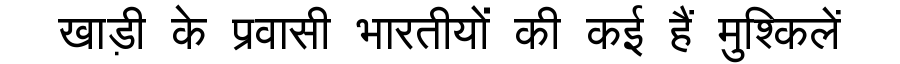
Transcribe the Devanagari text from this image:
खाड़ी के प्रवासी भारतीयों की कई हैं मुश्किलें